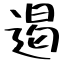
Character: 遏